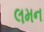
લમન